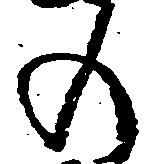
の